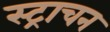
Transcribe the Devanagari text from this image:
स्ट्राचन